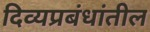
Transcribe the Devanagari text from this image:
दिव्यप्रबंधांतील